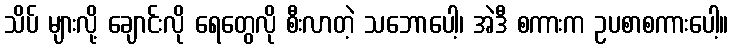
သိပ် များလို့ ချောင်းလို ရေတွေလို စီးလာတဲ့ သဘောပေါ့၊ အဲဒီ စကားက ဥပစာစကားပေါ့။